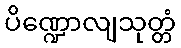
ပိဏ္ဍောလျသုတ္တံ